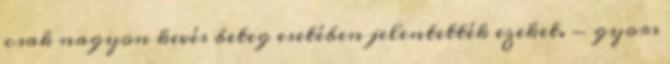
csak nagyon kevés beteg esetében jelentették ezeket. - gyors